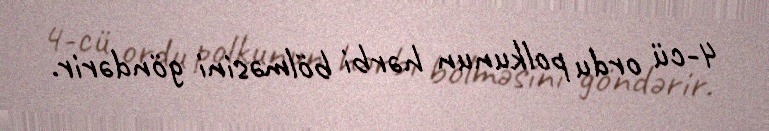
4-cü ordu polkunun hərbi bölməsini göndərir.